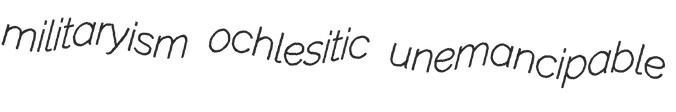
militaryism ochlesitic unemancipable